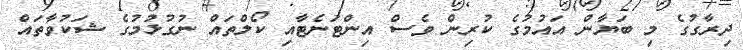
ދިރާގުގެ މި ބަޔާން އައުމުގެ ކުރިން ވެސް އިންޓަނެޓާއި ކޯލްތައް ނުގުޅުމުގެ ޝަކުވާތައް